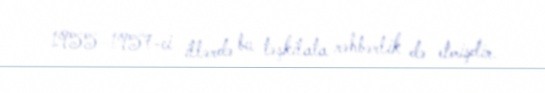
1955–1957-ci illərdə bu təşkilata rəhbərlik də etmişdir.